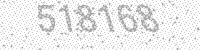
Solution: 518168